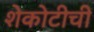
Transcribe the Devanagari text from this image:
शेकोटीची